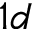
1 d